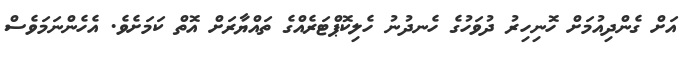
އަށް ގެންދިއުމަށް ހޮނިހިރު ދުވަހުގެ ހެނދުނު ހެލިކޮޕްޓަރެއްގެ ތައްޔާރަށް އޮތް ކަމަށެވެ. އެހެންނަމަވެސް